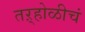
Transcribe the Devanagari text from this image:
तऱ्होळीचं